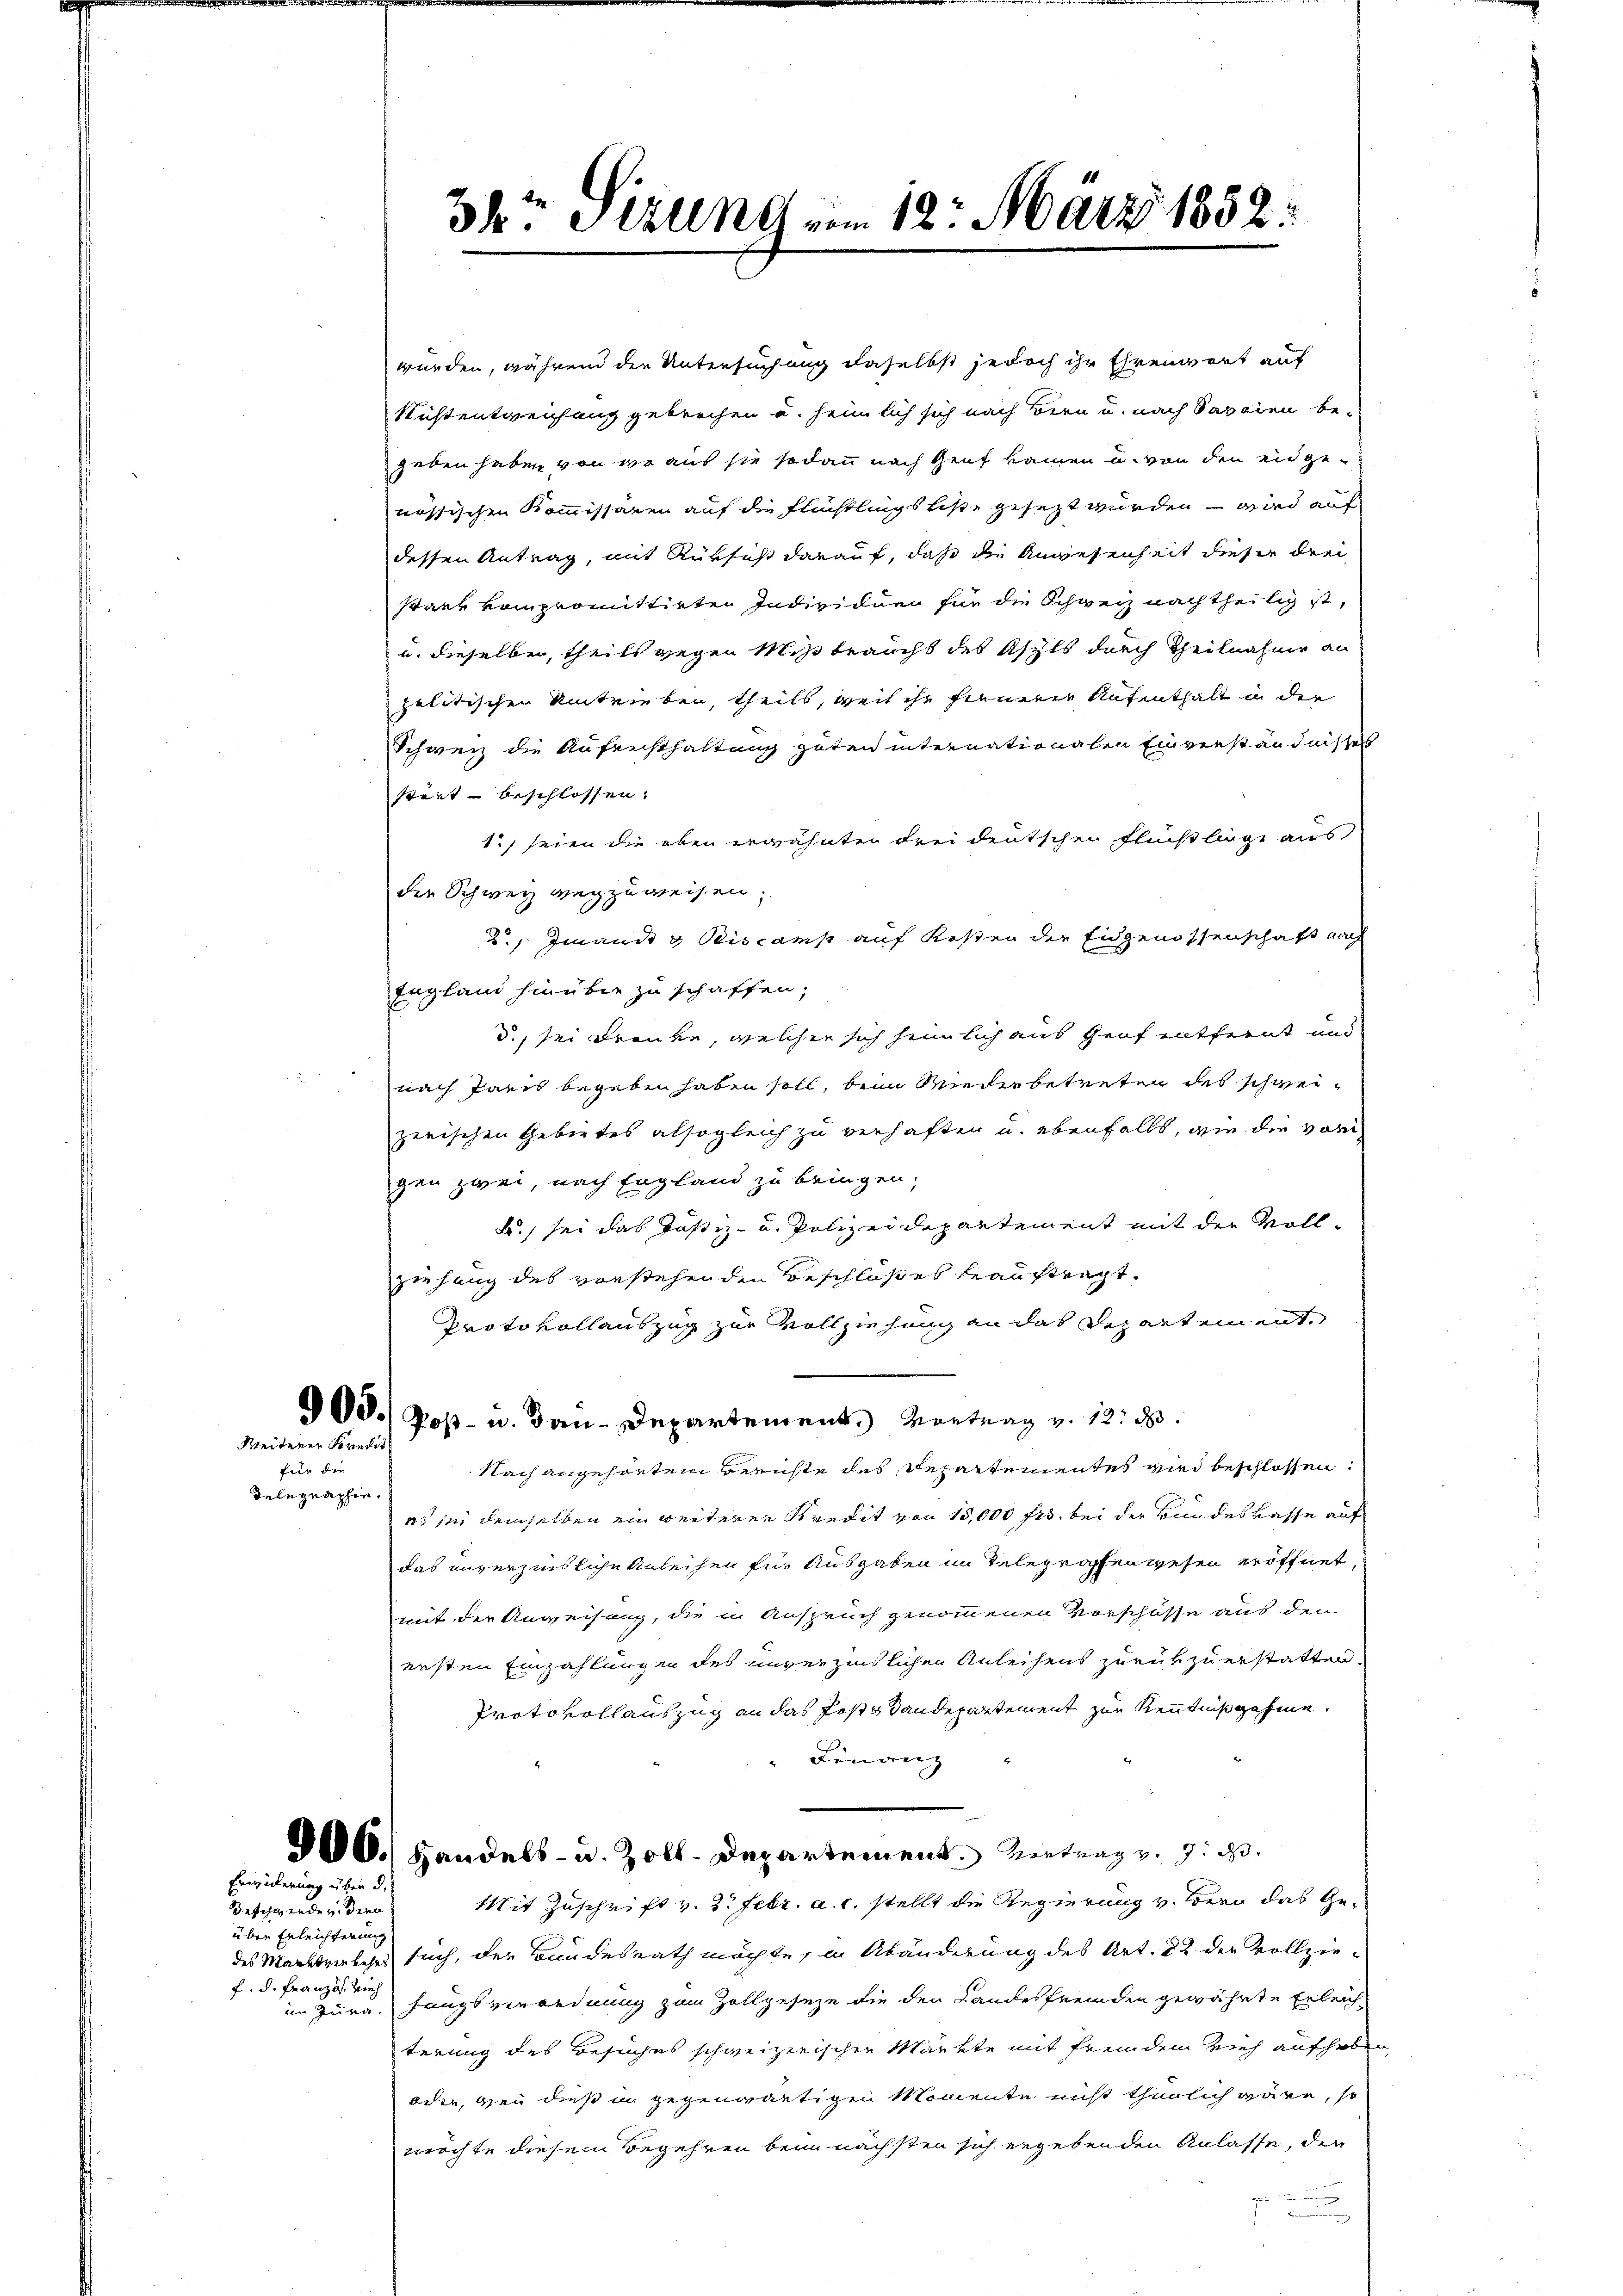
Weiterer Kredit
für die
Telegraphie.

Erwiderung über d.

Beschwerde v. Bern
über Erleichterung
f. d. Französ. Vieh

3kr. Struend vom 12. März 1852.

wurden, während der Untersuchung daselbst jedoch ihr Ehrenwort auf
Nichtentweichung gebrochen u. heimlich sich nach Bern u. nach Savaien be-
geben haben von wo aus sie sodann nach Genf kamen u. von den eidgenössischen Kommissären auf die Flüchtlingsliste gesezt wurden – wird auf
dessen Antrag, mit Rüksicht darauf, daß die Anwesenheit dieser drei
stark vom promittirten Individuen für die Schweiz nachtheilig ist,
u. dieselben, theils wegen Mißbraucht des Asyls durch Theilnahme an
politischen Umtrieben, theils, weil ihr fernerer Aufenthalt in der
Schweiz die Aufensthaltung guten internationalen Einverständnisses
stört beschlossen.
1.) seien die oben erwähnten drei deutschen Flüchtlinge aus
die Schweiz wegzuweisen,
2 Imandes Beisams auf Kosten der Eidgenossenschaft nach
England hinüber zu schaffen;
d., sei Franke, welcher sich heimlich aus Graf entfernt und
nach Paris begeben haben soll, beim Wiederbetreten des schweizerischen Gebietes alsogleich zu verhaften u. ebenfalls, wie die vorigen zwei, nach England zu bringen,
L.) sei das Justiz- u. Polizeidepartement mit der Vollziehung des vorstehenden Beschlosses beauftragt.
Protokollauszug zur Vollziehung an das Repartement,
900.) Post- u. Bau-Departement. Vortrag v. 12. d.
Nach angehörten Berichte des Departementes wird beschlossen:
3 sei demselben ein weiterer Kredit von 15,000 frs. bei der Bundeskasse auf
das unverzinsliche Anleihen für Ausgaben in Telegrafen wesen eröffnet
mit der Anweisung, die in Anspruch genommenen Vorschüsse aus den
ersten Einzahlungen des unverzinslichen Anleihens zurükzuerstatten.
Protokollauszug an das Feststandepartement zur Kenntniß gehine.
Finanz
D6.) Handels- u. Zoll-Departement. Antrag v. 7. d.
Mit Zuschrift v. 3. Febr. a. c. stellt die Regierung v. Bern das Gedes Marktverkehrs such, der Bundesrath möchte, in Abänderung des Art. 22 der Vollzieim Jura, fungsverordnung zum Zollgeseze die den Landesfremden gewährte Erleichterung des Besuches schweizerischen Märkte mit fremdem Vieh aufhabe
oder, wenn dieß in gegenwärtigen Momente nicht thunlich wäre, so
möchte diesem Begehren beim nächsten sich ergebenden Anlasse, den
u